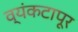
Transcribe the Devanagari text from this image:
व्यंकटापूर